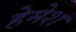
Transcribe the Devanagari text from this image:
हेमेश